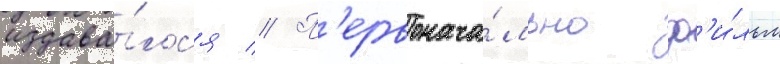
издава́лс'я // П'ервонача́льно ф'и́льм